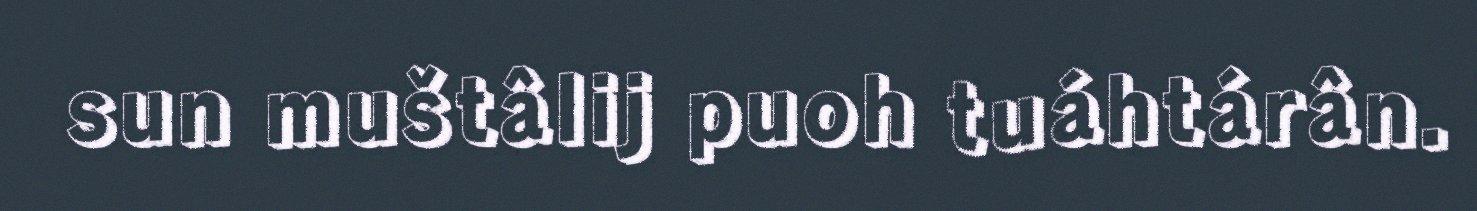
sun muštâlij puoh tuáhtárân.